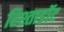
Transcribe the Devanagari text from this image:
रिश्ताडॉट